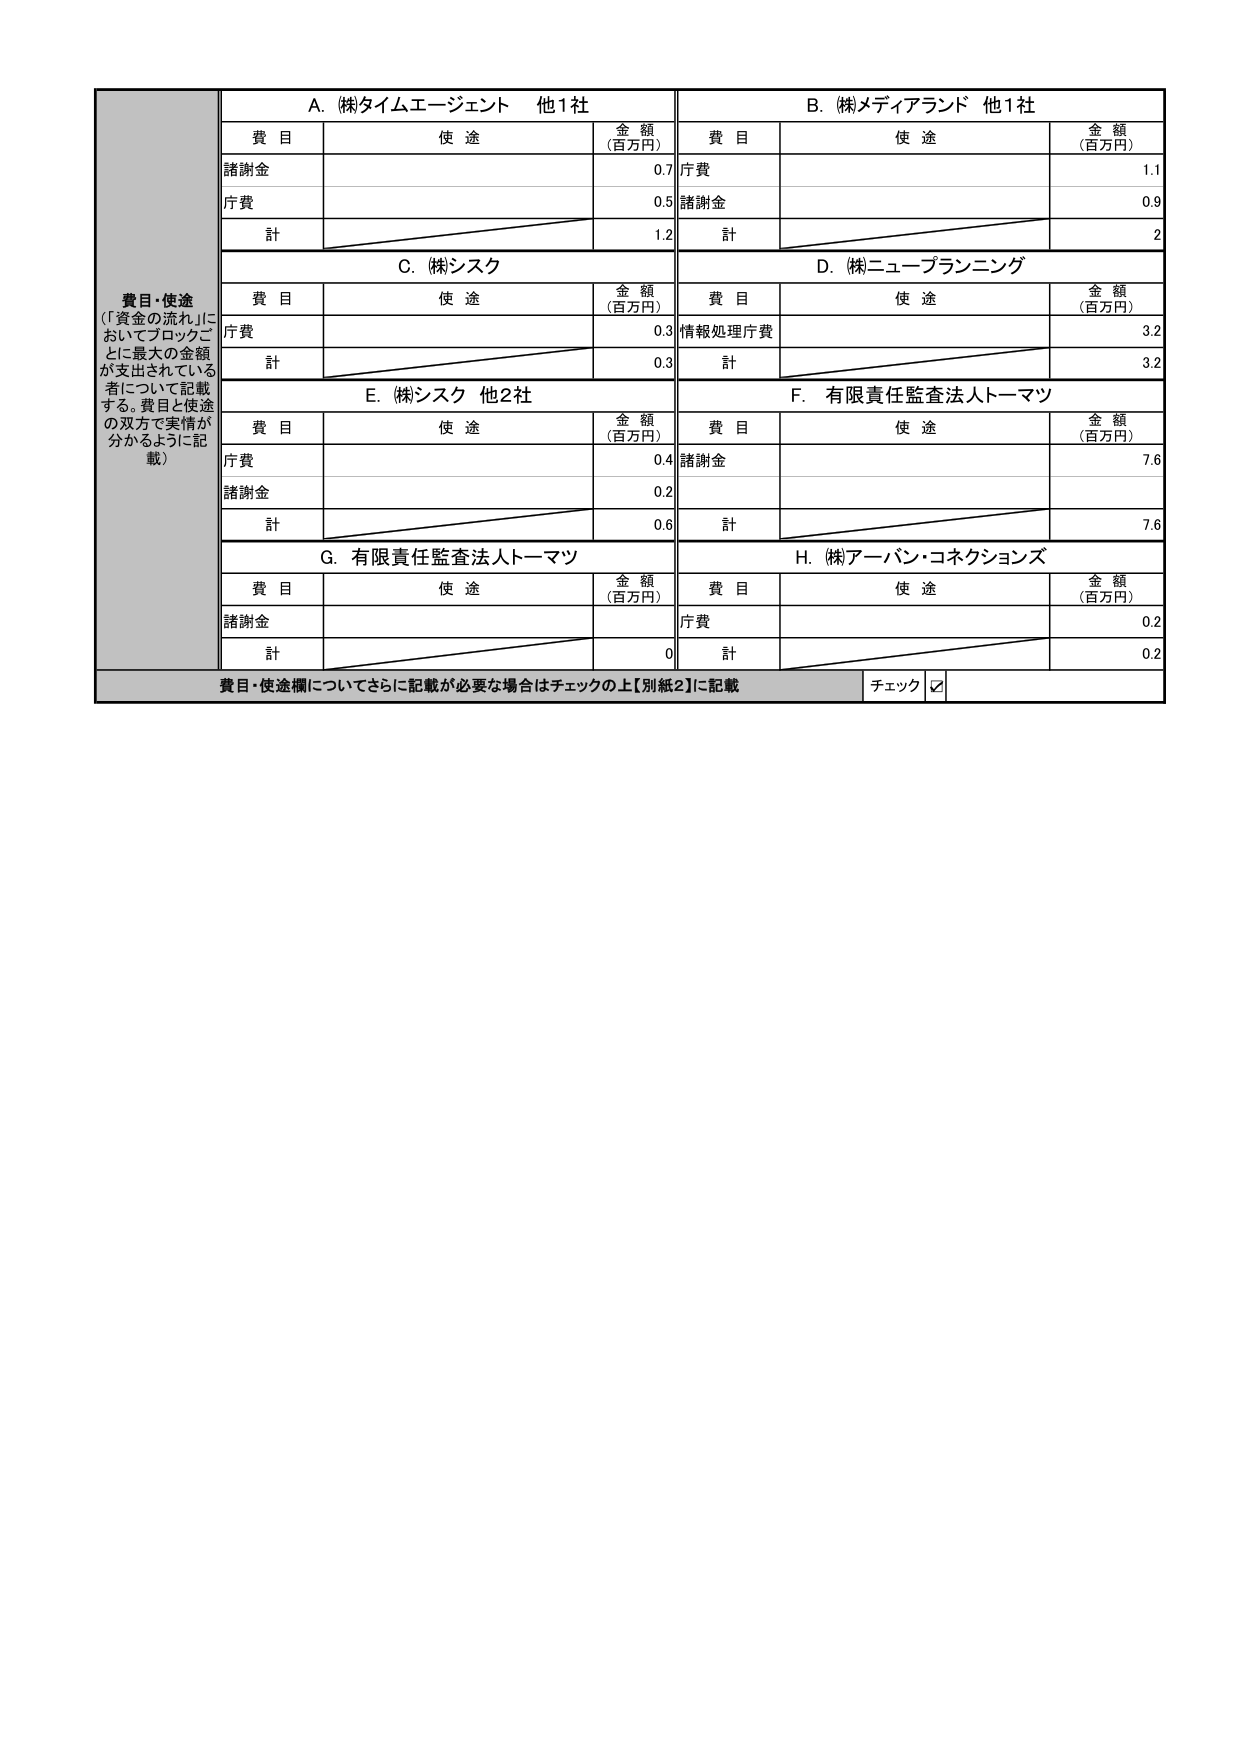
費目・使途
（「資金の流れ」においてブロックごとに最大の金額が支出されている者について記載する。費目と使途の双方で実情が分かるように記載）

A. (株)タイムエージェント 他1社
費目 使途 金額（百万円）
諸謝金 0.7
庁費 0.5
計 1.2

B. (株)メディアランド 他1社
費目 使途 金額（百万円）
庁費 1.1
諸謝金 0.9
計 2

C. (株)シスク
費目 使途 金額（百万円）
庁費 0.3
計 0.3

D. (株)ニューブランニング
費目 使途 金額（百万円）
情報処理庁費 3.2
計 3.2

E. (株)シスク 他2社
費目 使途 金額（百万円）
庁費 0.4
諸謝金 0.2
計 0.6

F. 有限責任監査法人トーマツ
費目 使途 金額（百万円）
諸謝金 7.6
計 7.6

G. 有限責任監査法人トーマツ
費目 使途 金額（百万円）
諸謝金 0
計 0

H. (株)アーバン・コネクションズ
費目 使途 金額（百万円）
庁費 0.2
計 0.2

費目・使途欄についてさらに記載が必要な場合はチェックの上【別紙2】に記載
チェック ☑